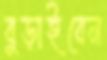
বুড়াইবেন